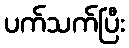
ပက်သက်ပြီး